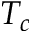
T _ { c }